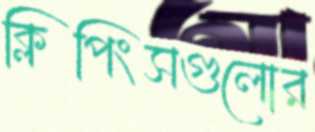
ক্লিপিংসগুলোর